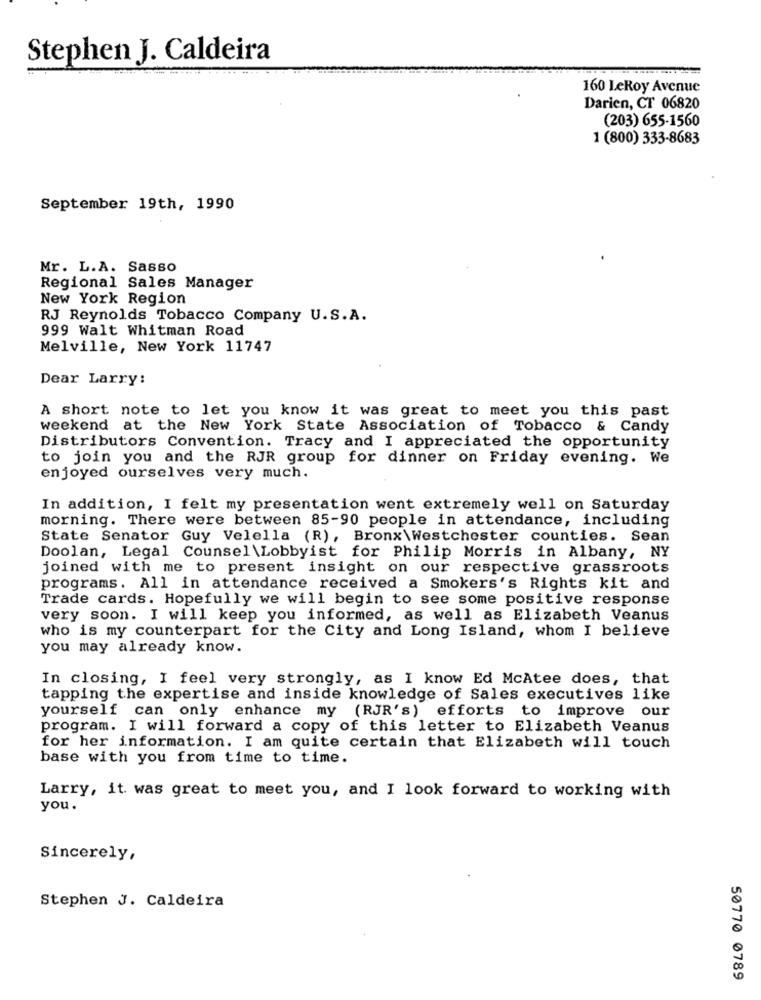
Stephen J. Caldeira
160 LeRoy Avenue
Darien, CT 06820
(203) 655-1560
1 (800) 333-8683
September 19th, 1990
Mr. L.A. Sasso
Regional Sales Manager
New York Region
RJ Reynolds Tobacco Company U.S.A.
999 Walt Whitman Road
Melville, New York 11747
Dear Larry:
A short note to let you know it was great to meet you this past
weekend at the New York State Association of Tobacco & Candy
Distributors Convention. Tracy and I appreciated the opportunity
to join you and the RJR group for dinner on Friday evening. We
enjoyed ourselves very much.
In addition, I felt my presentation went extremely well on Saturday
morning. There were between 85-90 people in attendance, including
State Senator Guy Velella (R), Bronx\Westchester counties. Sean
Doolan, Legal Counsel \Lobbyist for Philip Morris in Albany, NY
joined with me to present insight on our respective grassroots
programs. All in attendance received a Smokers's Rights kit and
Trade cards. Hopefully we will begin to see some positive response
very soon. I will keep you informed, as well as Elizabeth Veanus
who is my counterpart for the City and Long Island, whom I believe
you may already know.
In closing, I feel very strongly, as I know Ed McAtee does, that
tapping the expertise and inside knowledge of Sales executives like
yourself can only enhance my (RJR's) efforts to improve our
program. I will forward a copy of this letter to Elizabeth Veanus
for her information. I am quite certain that Elizabeth will touch
base with you from time to time.
Larry, it was great to meet you, and I look forward to working with
you.
Sincerely,
Stephen J. Caldeira
50770 0789